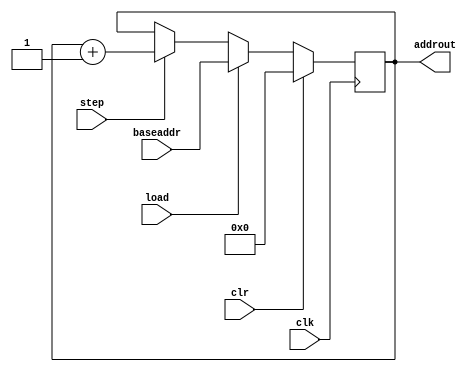
//
// Output data memory address generation unit
//
// Generates the address to write the output of the MVU quantizer into the local data memory.
// It expects a signal called "step" that will trigger the 
//
//
`timescale 1ns/1ps
module outagu(clk, clr, step, load, baseaddr, addrout);

// Parameters
parameter  BDBANKA = 15;

// Ports
input  wire                 clk;
input  wire                 clr;
input  wire                 step;
input  wire                 load;
input  wire[BDBANKA-1 : 0]  baseaddr;
output wire[BDBANKA-1 : 0]  addrout;

// Local registers
reg  [BDBANKA-1 : 0] addr;


// Load and increment the address counter
always @(posedge clk) begin
    if (clr) begin
        addr <= 0;
    end else begin
        if (load) begin
            addr <= baseaddr;
        end else begin
            if (step) begin
                addr <= addr + 1;
            end
        end
    end
end

// Assign the address counter to the output address
assign addrout = addr;

endmodule